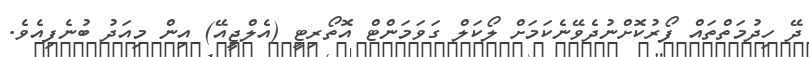
ދޭ ހިދުމަތްތައް ފޯރުކޮށްނުދެވޭނެކަމަށް ލޯކަލް ގަވަމަންޓް އޮތޯރިޓީ (އެލްޖީއޭ) އިން މިއަދު ބުނެފިއެވެ.